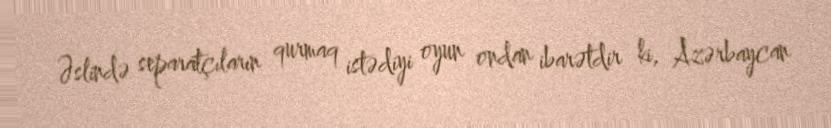
Əslində separatçıların qurmaq istədiyi oyun ondan ibarətdir ki, Azərbaycan